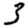
Digit: 3